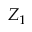
Z _ { 1 }